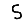
Digit: 5